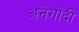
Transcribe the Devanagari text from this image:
अनेगोंदी